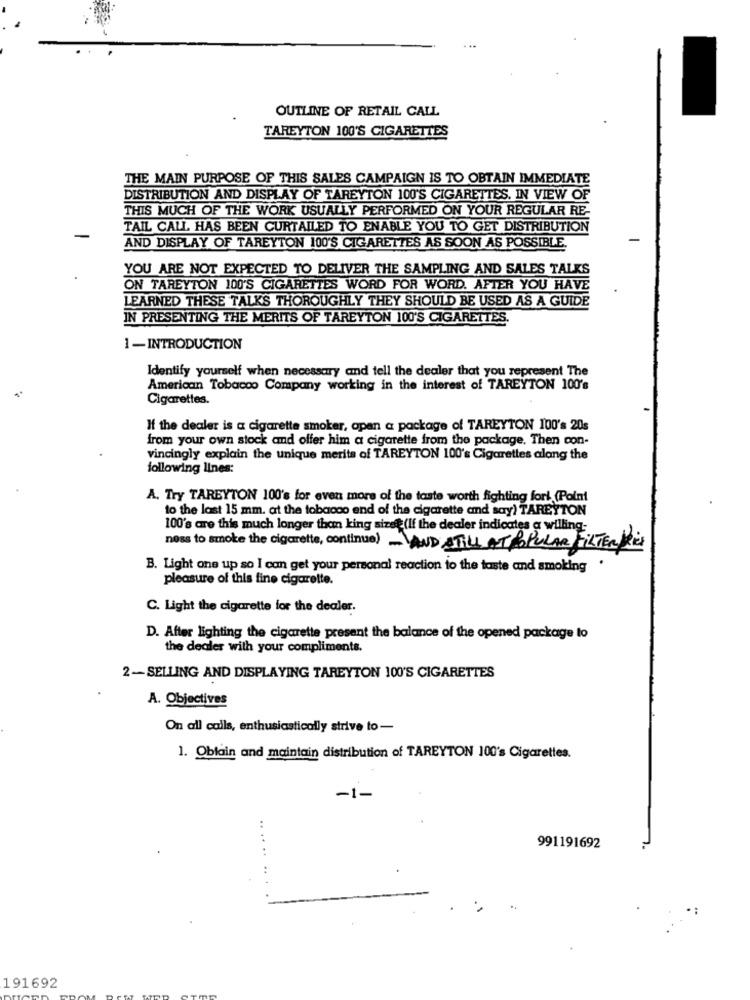
OUTLINE OF RETAIL CALL
TAREYTON 100'S CIGARETTES
THE MAIN PURPOSE OF THIS SALES CAMPAIGN IS TO OBTAIN IMMEDIATE
DISTRIBUTION AND DISPLAY OF TAREYTON 100'S CIGARETTES, IN VIEW OF
THIS MUCH OF THE WORK USUALLY PERFORMED ON YOUR REGULAR RE-
TAIL CALL. HAS BEEN CURTAILED TO ENABLE YOU TO GET DISTRIBUTION
AND DISPLAY OF TAREYTON 100'S CIGARETTES AS SOON AS POSSIBLE.
YOU ARE NOT EXPECTED TO DELIVER THE SAMPLING AND SALES TALKS
ON TAREYTON 100'S CIGARETTES WORD FOR WORD. AFTER YOU HAVE
LEARNED THESE TALKS THOROUGHLY THEY SHOULD BE USED AS A GUIDE
IN PRESENTING THE MERITS OF TAREYTON 100'S CIGARETTES.
1 -INTRODUCTION
Identify yourself when necessary and tell the dealer that you represent The
American Tobacco Company working in the interest of TAREYTON 100's
Cigarettes.
If the dealer is a cigarette smoker, open a package of TAREYTON 100's 20s
from your own stock and offer him a cigarette from the package. Then con-
vincingly explain the unique merits of TAREYTON 100's Cigarettes along the
following lines:
A. Try TAREYTON 100's for even more of the taste worth fighting fori (Point
to the last 15 mm. at the tobacco end of the cigarette and say) TAREYTON
100's are this much longer than king sizet (If the dealer indicates a willing-
noss to smoke the cigarette, continue) AND STILL AT POPULAR FILTER DRES
B. Light one up so I can get your personal reaction to the taste and smoking
pleasure of this fine cigarette.
C. Light the cigarette for the dealer.
D. After lighting the cigarette present the balance of the opened package to
the dealer with your compliments.
2-SELLING AND DISPLAYING TAREYTON 100'S CIGARETTES
A. Objectives
On all calls, enthusiastically strive to-
1. Oblain and maintain distribution of TAREYTON 100's Cigarettes.
-1-
991191692
. .
191692